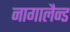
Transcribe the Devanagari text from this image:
नागालैन्ड